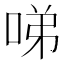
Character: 㖒